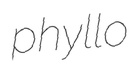
phyllo